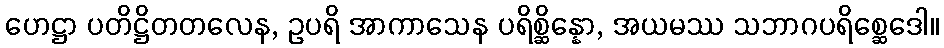
ဟေဋ္ဌာ ပတိဋ္ဌိတတလေန, ဥပရိ အာကာသေန ပရိစ္ဆိန္နော, အယမဿ သဘာဂပရိစ္ဆေဒေါ။